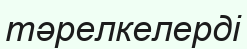
тәрелкелерді